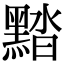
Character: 䵬